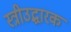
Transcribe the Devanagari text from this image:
स्त्रीउद्धारक